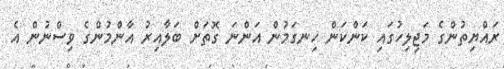
ރައްޔިތުންގެ މަޖިލިހުގައި ކަންކަން ހިނގަމުން އަންނަ ގޮތަށް ބަލާއިރު އާންމުންގެ ވިސްނުން އެ